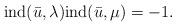
LaTeX: \begin{align*} {\rm ind} ( \bar{u}, \lambda) {\rm ind} ( \bar{u}, \mu) = - 1. \end{align*}